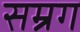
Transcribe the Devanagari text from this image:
सम्रग